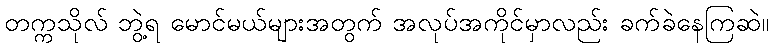
တက္ကသိုလ် ဘွဲ့ရ မောင်မယ်များအတွက် အလုပ်အကိုင်မှာလည်း ခက်ခဲနေကြဆဲ။